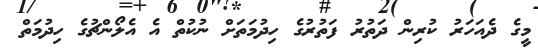
މީގެ ދެއަހަރު ކުރިން ދަތުރު ފަތުރުގެ ހިދުމަތަށް ނުކުތް އެ އެލޯންޗުގެ ހިދުމަތް